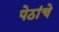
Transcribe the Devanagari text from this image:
पेठांचे